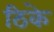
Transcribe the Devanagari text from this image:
ठिके